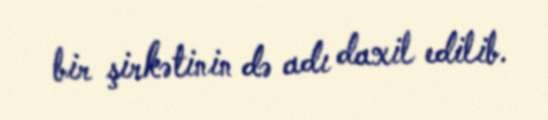
bir şirkətinin də adı daxil edilib.